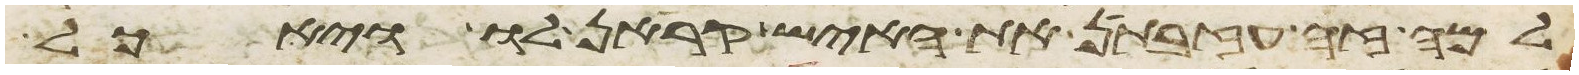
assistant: למה זה עזבתן את האיש קראן לו ויאכל